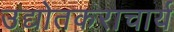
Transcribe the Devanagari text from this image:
उद्योतकराचार्य